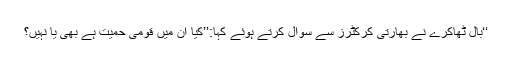
‘‘بال ٹھاکرے نے بھارتی کرکٹرز سے سوال کرتے ہوئے کہا:’’کیا ان میں قومی حمیت ہے بھی یا نہیں؟